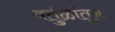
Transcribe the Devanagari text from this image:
वर्तुळांतून